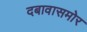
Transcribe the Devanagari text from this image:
दबावासमोर